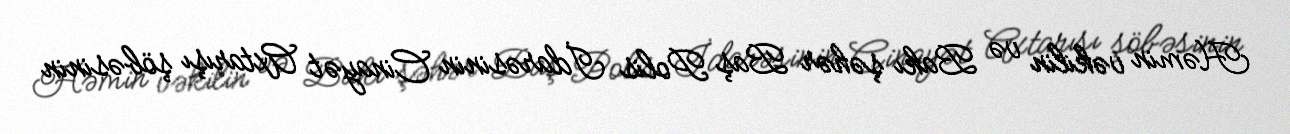
Həmin vəkilin və Bakı şəhər Baş Polis İdarəsinin Cinayət Axtarışı şöbəsinin